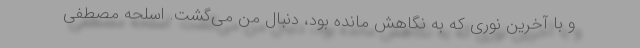
و با آخرین نوری که به نگاهش مانده بود، دنبال من می‌گشت. اسلحه مصطفی